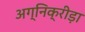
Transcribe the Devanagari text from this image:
अग्निक्रीड़ा